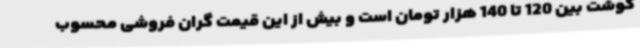
گوشت بین 120 تا 140 هزار تومان است و بیش از این قیمت گران فروشی محسوب